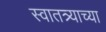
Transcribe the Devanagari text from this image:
स्वातत्र्याच्या